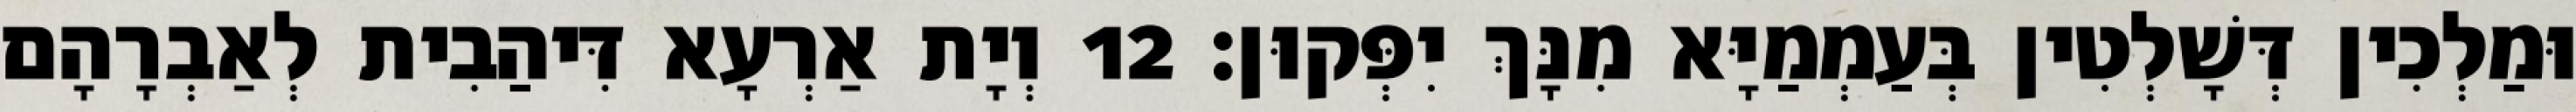
וּמַלְכִין דְּשָׁלְטִין בְּעַמְמַיָּא מִנָּךְ יִפְּקוּן׃ 12 וְיָת אַרְעָא דִּיהַבִית לְאַבְרָהָם